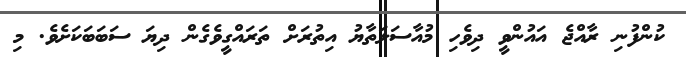
ކުންފުނި ރާއްޖެ އައުންވީ ދިވެހި މުއާސަލަތާޔު އިތުރަށް ތަރައްގީވެގެން ދިޔަ ސަބަބަކަށެވެ. މި